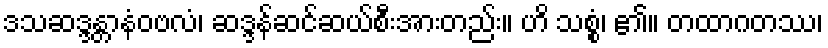
ဒသဆဒ္ဒန္တာနံဝဗလံ၊ ဆဒ္ဒန်ဆင်ဆယ်စီးအားတည်း။ ဟိ သစ္စံ၊ ၏။ တထာဂတဿ၊